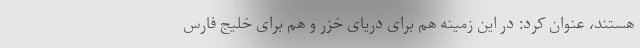
هستند، عنوان کرد: در این زمینه هم برای دریای خزر و هم برای خلیج فارس